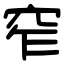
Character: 窄